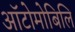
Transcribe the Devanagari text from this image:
ऑटोमोबिलि